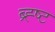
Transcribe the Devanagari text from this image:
ब्र्ह्ष्ट